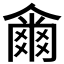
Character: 𤕨